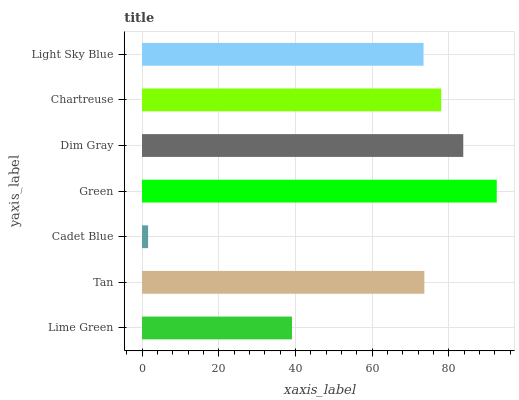
| yaxis_label | bars |
 | --- | --- |
 | Lime Green | 39.1 |
 | Tan | 73.6 |
 | Cadet Blue | 1.59 |
 | Green | 92.5 |
 | Dim Gray | 83.8 |
 | Chartreuse | 78 |
 | Light Sky Blue | 73.4 |